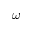
\omega